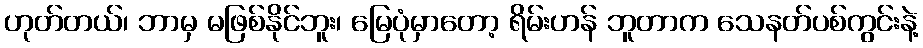
ဟုတ်တယ်၊ ဘာမှ မဖြစ်နိုင်ဘူး၊ မြေပုံမှာတော့ ရိမ်းဟန် ဘူတာက သေနတ်ပစ်ကွင်းနဲ့